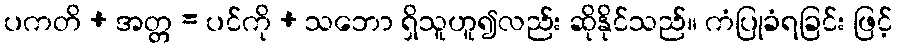
ပကတိ + အတ္တ = ပင်ကို + သဘော ရှိသူဟူ၍လည်း ဆိုနိုင်သည်။ ကံပြုခံရခြင်း ဖြင့်